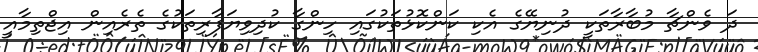
ދަ ވެންޗާ މުބާރާތަކީ ދުނިޔޭގެ އެކި ކަންކޮޅުތަކުގައި ހިންގާ ކުދިވިޔަފާރިތަކުގެ ތެރެއިން އިޖްތިމާއީ